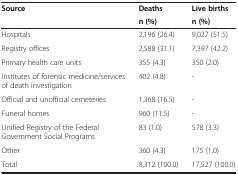
<table><thead><tr><td><b>Source</b></td><td><b>Deaths</b></td><td><b>Live births</b></td></tr><tr><td><b> </b></td><td><b>n (%)</b></td><td><b>n (%)</b></td></tr></thead><tbody><tr><td>Hospitals</td><td>2,196 (26.4)</td><td>9,027 (51.5)</td></tr><tr><td>Registry offices</td><td>2,588 (31.1)</td><td>7,397 (42.2)</td></tr><tr><td>Primary health care units</td><td>355 (4.3)</td><td>350 (2.0)</td></tr><tr><td>Institutes of forensic medicine/services of death investigation</td><td>402 (4.8)</td><td>-</td></tr><tr><td>Official and unofficial cemeteries</td><td>1,368 (16.5)</td><td>-</td></tr><tr><td>Funeral homes</td><td>960 (11.5)</td><td>-</td></tr><tr><td>Unified Registry of the Federal Government Social Programs</td><td>83 (1.0)</td><td>578 (3.3)</td></tr><tr><td>Other</td><td>360 (4.3)</td><td>175 (1.0)</td></tr><tr><td>Total</td><td>8,312 (100.0)</td><td>17,527 (100.0)</td></tr></tbody></table>